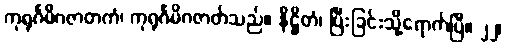
ကုရုင်္ဂမိဂဇာတကံ၊ ကုရုင်္ဂမိဂဇာတ်သည်။ နိဋ္ဌိတံ၊ ပြီးခြင်းသို့ရောက်ပြီ။ ၂၂၊